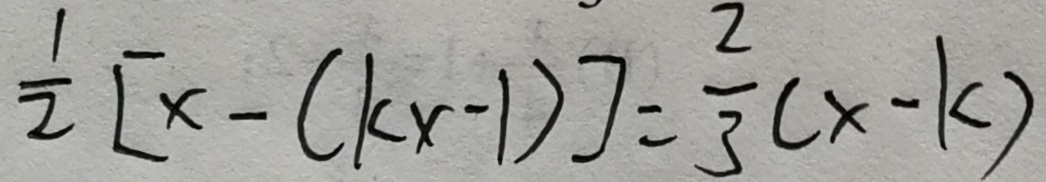
\frac { 1 } { 2 } [ x - ( k x - 1 ) ] = \frac { 2 } { 3 } ( x - k )